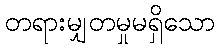
တရားမျှတမှုမရှိသော